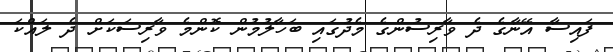
ފައިސާ އޭނާގެ ދެ ވާރިސުންގެ މެދުގައި ބަހާލުމުން ކޮންމެ ވާރިސަކަށް ދެ ލައްކަ